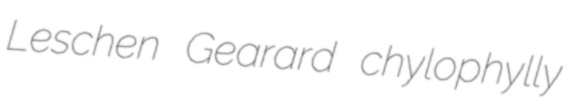
Leschen Gearard chylophylly